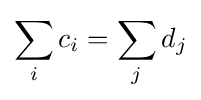
\sum _{i}c_{i}=\sum _{j}d_{j}